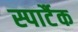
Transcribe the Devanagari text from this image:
स्पार्टैक